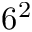
6 ^ { 2 }